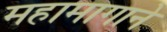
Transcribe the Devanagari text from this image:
महामागाने